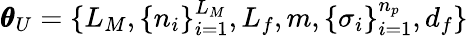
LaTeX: \pmb{\theta}_{U}=\{ L_{M},\{ n_{i}\} _{i=1}^{L_{M}},L_{f},m,\{ \sigma_{i}\} _{i=1}^{n_{p}},d_{f}\}